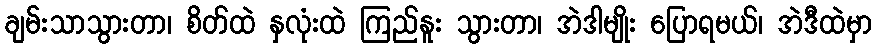
ချမ်းသာသွားတာ၊ စိတ်ထဲ နှလုံးထဲ ကြည်နူး သွားတာ၊ အဲဒါမျိုး ပြောရမယ်၊ အဲဒီထဲမှာ